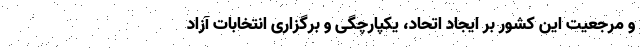
و مرجعیت این کشور بر ایجاد اتحاد، یکپارچگی و برگزاری انتخابات آزاد